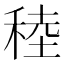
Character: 稑